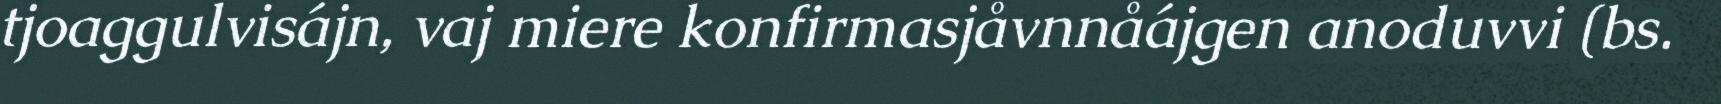
tjoaggulvisájn, vaj miere konfirmasjåvnnåájgen anoduvvi (bs.